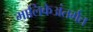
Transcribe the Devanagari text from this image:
मालिकेअंतर्गत